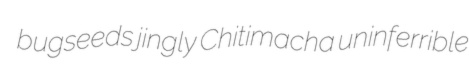
bugseeds jingly Chitimacha uninferrible